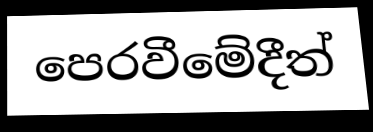
පෙරවීමේදීත්